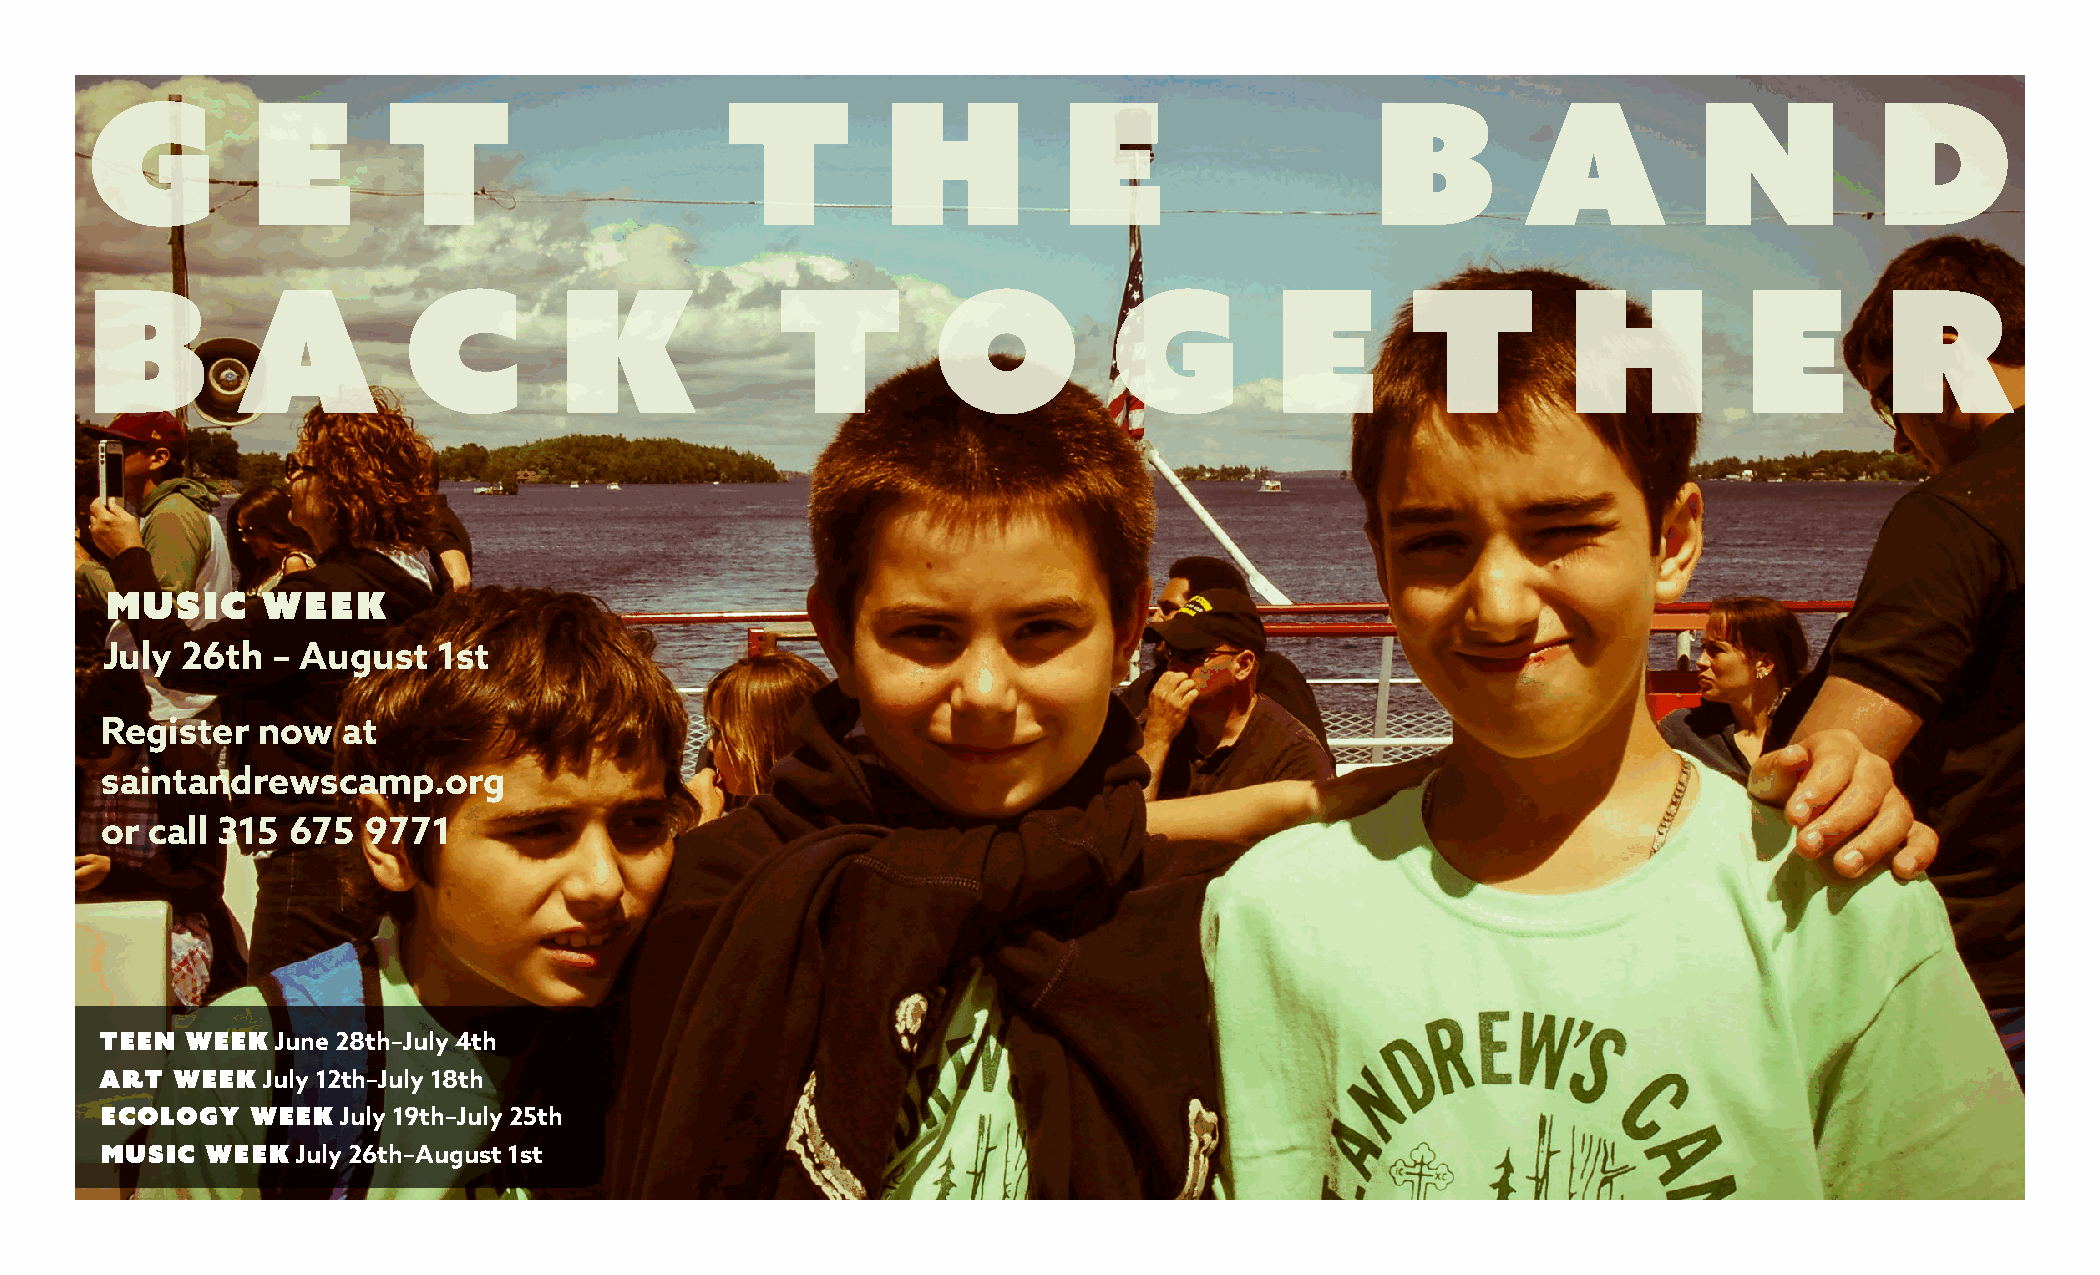
g          e       t                      t          h          e                    b         a          n           d
 b         a          c         k             t          o           g         e        t          h           e        r
 music     week
 July 26th  – August   1st
 Register  now   at
 saintandrewscamp.org
 or call 315 675  9771
 Teen Week  June 28th–July 4th
 art Week  July 12th–July 18th
 Ecology   Week  July 19th–July 25th
 Music  Week  July 26th–August 1st